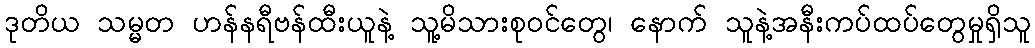
ဒုတိယ သမ္မတ ဟန်နရီဗန်ထီးယူနဲ့ သူ့မိသားစုဝင်တွေ၊ နောက် သူနဲ့အနီးကပ်ထပ်တွေမှုရှိသူ